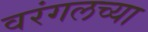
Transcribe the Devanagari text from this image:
वरंगलच्या